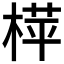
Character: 𬃟